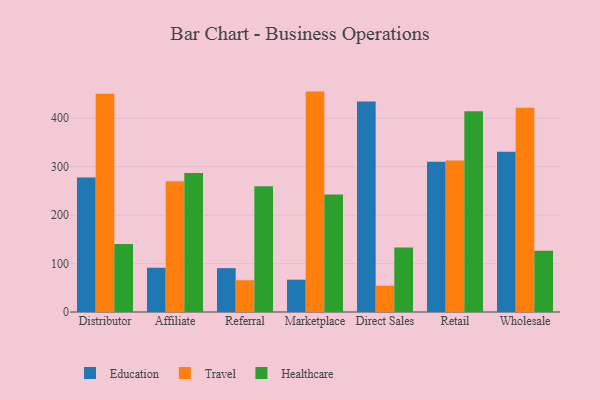
{"axis": {"x": "Channel", "y": "Latency (ms)"}, "legend": ["Education", "Healthcare", "Travel"], "data": [{"x": "Distributor", "y": 277.7, "type": "Education"}, {"x": "Distributor", "y": 450.5, "type": "Travel"}, {"x": "Distributor", "y": 140.6, "type": "Healthcare"}, {"x": "Affiliate", "y": 91.4, "type": "Education"}, {"x": "Affiliate", "y": 270.0, "type": "Travel"}, {"x": "Affiliate", "y": 287.1, "type": "Healthcare"}, {"x": "Referral", "y": 90.5, "type": "Education"}, {"x": "Referral", "y": 65.6, "type": "Travel"}, {"x": "Referral", "y": 259.6, "type": "Healthcare"}, {"x": "Marketplace", "y": 66.7, "type": "Education"}, {"x": "Marketplace", "y": 455.1, "type": "Travel"}, {"x": "Marketplace", "y": 242.4, "type": "Healthcare"}, {"x": "Direct Sales", "y": 434.6, "type": "Education"}, {"x": "Direct Sales", "y": 54.3, "type": "Travel"}, {"x": "Direct Sales", "y": 133.2, "type": "Healthcare"}, {"x": "Retail", "y": 310.3, "type": "Education"}, {"x": "Retail", "y": 312.6, "type": "Travel"}, {"x": "Retail", "y": 414.3, "type": "Healthcare"}, {"x": "Wholesale", "y": 330.8, "type": "Education"}, {"x": "Wholesale", "y": 421.7, "type": "Travel"}, {"x": "Wholesale", "y": 126.5, "type": "Healthcare"}]}